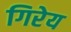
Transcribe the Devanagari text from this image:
गिरेय